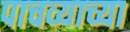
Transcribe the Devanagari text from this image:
पाचव्याच्या